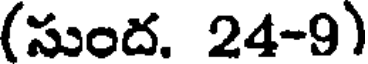
(సుంద. 24-9)